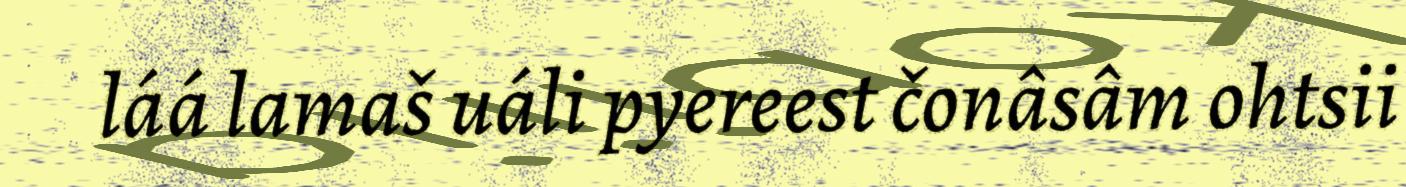
láá lamaš uáli pyereest čonâsâm ohtsii